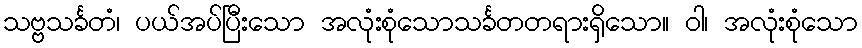
သဗ္ဗသင်္ခတံ၊ ပယ်အပ်ပြီးသော အလုံးစုံသောသင်္ခတတရားရှိသော။ ဝါ၊ အလုံးစုံသော